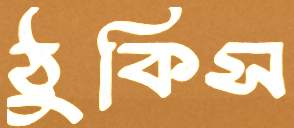
ঠুকিস